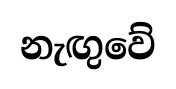
නැඟුවේ